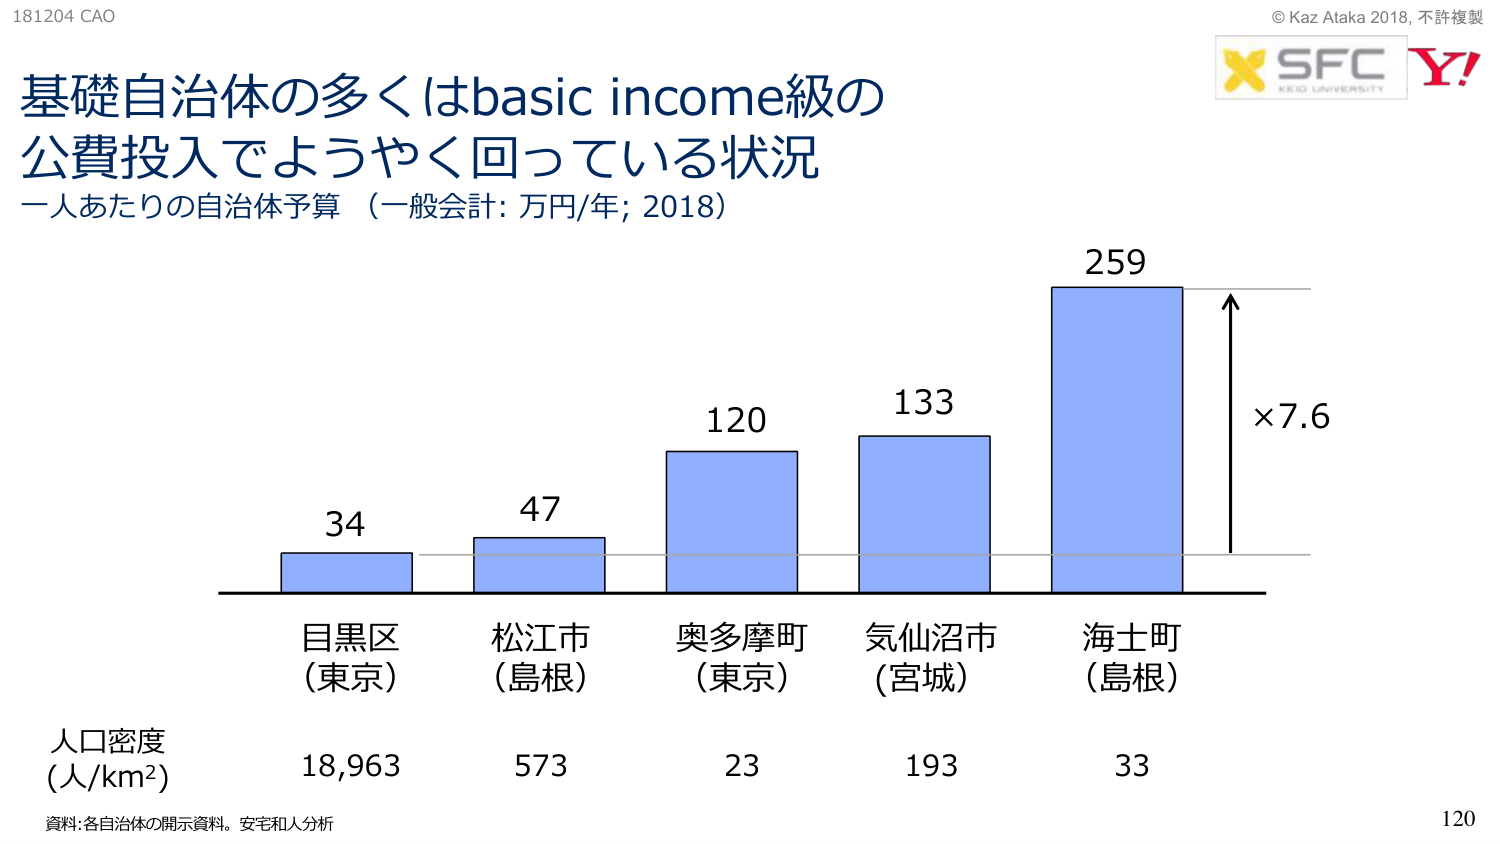
181204 CAO
© Kaz Ataka 2018, 不許複製
SFC
KEIO UNIVERSITY
Y!

基礎自治体の多くはbasic income級の
公費投入でようやく回っている状況
一人あたりの自治体予算（一般会計: 万円/年; 2018）

34
47
120
133
259
×7.6

目黒区
（東京）
松江市
（島根）
奥多摩町
（東京）
気仙沼市
（宮城）
海士町
（島根）

人口密度
(人/km²)
18,963
573
23
193
33

資料: 各自治体の開示資料。安宅和人分析
120